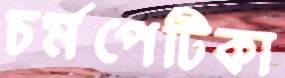
চর্মপেটিকা